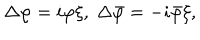
LaTeX: \Delta \varphi = i \varphi \xi , \; \Delta \bar { \varphi } = - i \bar { \varphi } \xi ,